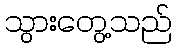
သွားတွေ့သည်